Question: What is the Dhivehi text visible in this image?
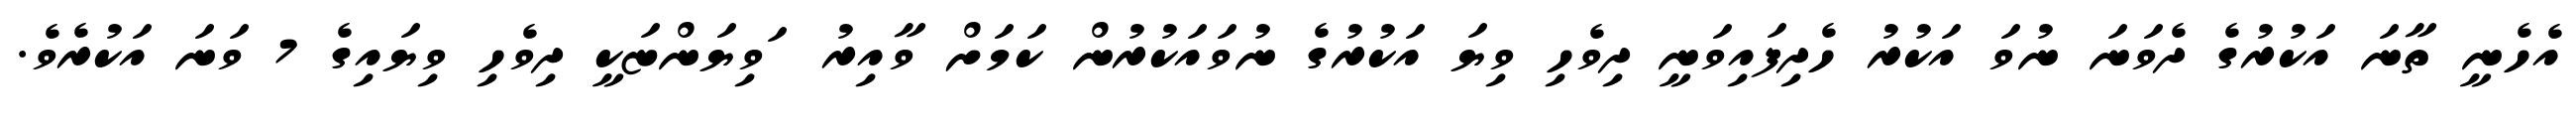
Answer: އެހެނީ ތާނަ އަކުރުގެ ދެވަނަ ނުވަ އަކުރު ހެދިފައިވަނީ ދިވެހި ވިޔަ އަކުރުގެ ނުވައަކުރުން ކަމަށް ވާއިރު ޱަވިޔަންޏަކީ ދިވެހި ވިޔައިގެ 7 ވަނަ އަކުރެވެ.